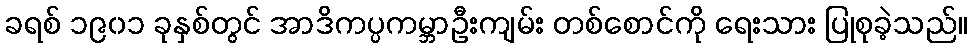
ခရစ် ၁၉၀၁ ခုနှစ်တွင် အာဒိကပ္ပကမ္ဘာဦးကျမ်း တစ်စောင်ကို ရေးသား ပြုစုခဲ့သည်။